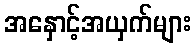
အနှောင့်အယှက်များ